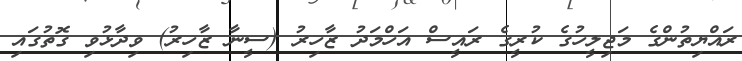
ރައްޔިތުންގެ މަޖިލީހުގެ ކުރީގެ ރައީސް އަހްމަދު ޒާހިރު (ސީނާ ޒާހިރު) ވިދާޅުވި ގޮތުގައި